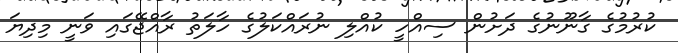
ކުރުމުގެ ގާނޫނުގެ ދަށުން ސިއްހީ ކުއްލި ނުރައްކަލުގެ ހާލަތު ރާއްޖޭގައި ވަނީ މިދިޔަ